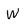
Character: W